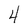
Character: 4